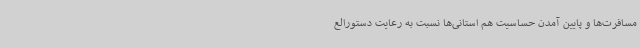
مسافرت‌ها و پایین آمدن حساسیت هم استانی‌ها نسبت به رعایت دستورالع